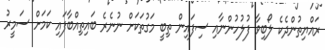
ރައްޔިތުންދެކެ ލޯބިވާ ފުލުހުންނާއި ސިފައިން ތިބީ މަގުތަކަށް ނުނެރެ ބައިތިއްބާފައި ކަމަށް ސަމީރު